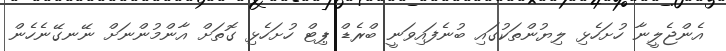
އެންޖެލީނާ ހުށަހެޅި ލިޔުންތަކުގައި ބުނެފައިވަނީ ބްރެޑް ޕިޓް ހުށަހެޅި ގޮތަށް އާންމުންނަށް ނޭނގޭނެހެން